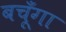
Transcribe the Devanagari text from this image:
बचूँगा